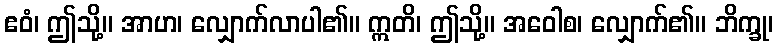
ဧဝံ၊ ဤသို့။ အာဟ၊ လျှောက်လာပါ၏။ ဣတိ၊ ဤသို့။ အဝေါစ၊ လျှောက်၏။ ဘိက္ခု၊